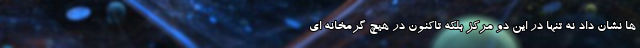
ها نشان داد نه تنها در این دو مرکز بلکه تاکنون در هیچ گرمخانه ای